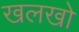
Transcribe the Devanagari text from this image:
खलखो